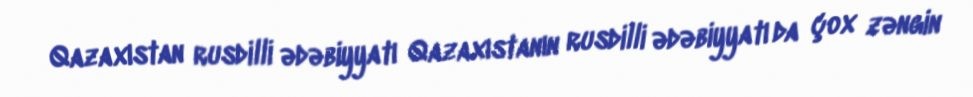
Qazaxıstan rusdilli ədəbiyyatı Qazaxıstanın rusdilli ədəbiyyatı da çox zəngin